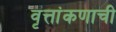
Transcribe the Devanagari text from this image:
वृत्तांकणाची